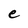
Character: e